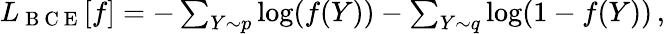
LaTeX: \begin{array}{r}{L_{\mathrm{~B~C~E~}}[f]=-\sum_{Y\sim p}\log(f(Y))-\sum_{Y\sim q}\log(1-f(Y))\, ,}\end{array}